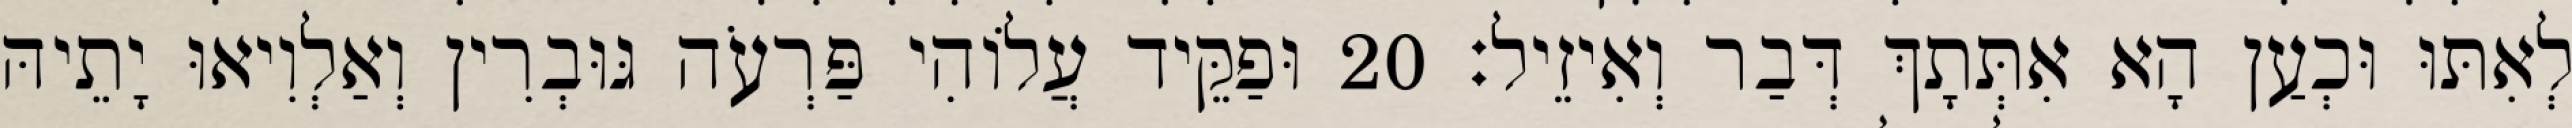
לְאִתּוּ וּכְעַן הָא אִתְּתָךְ דְּבַר וְאִיזֵיל׃ 20 וּפַקֵּיד עֲלוֹהִי פַּרְעֹה גּוּבְרִין וְאַלְוִיאוּ יָתֵיהּ